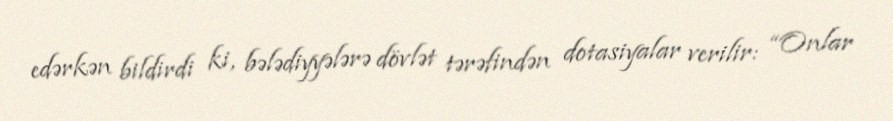
edərkən bildirdi ki, bələdiyyələrə dövlət tərəfindən dotasiyalar verilir: “Onlar